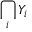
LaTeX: \bigcap _ { i } Y _ { i }